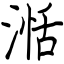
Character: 湉